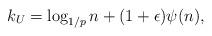
LaTeX: \begin{align*}k_U = \log_{1/p} n + (1 + \epsilon)\psi(n),\end{align*}